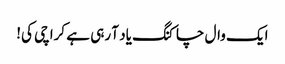
ایک وال چاکنگ یاد آ رہی ہے کراچی کی!